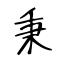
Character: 秉